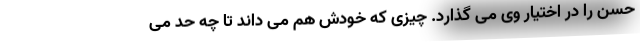
حسن را در اختیار وی می گذارد. چیزی که خودش هم می داند تا چه حد می